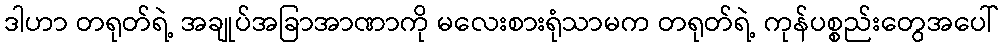
ဒါဟာ တရုတ်ရဲ့ အချုပ်အခြာအာဏာကို မလေးစားရုံသာမက တရုတ်ရဲ့ ကုန်ပစ္စည်းတွေအပေါ်